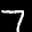
Label: 7